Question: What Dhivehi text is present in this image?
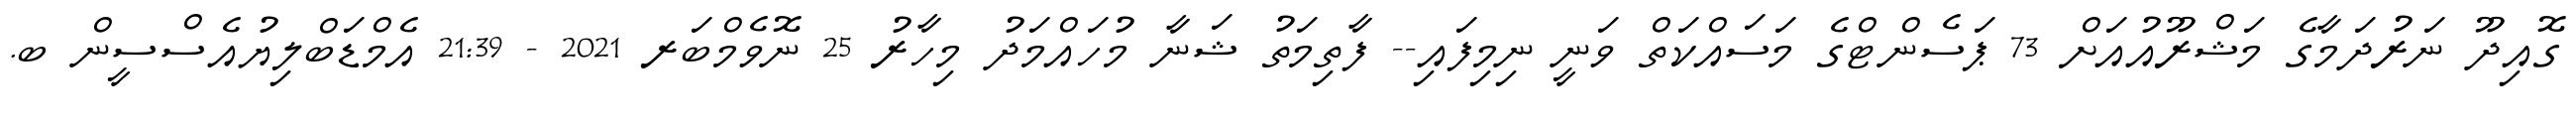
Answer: ގޮއިދޫ ނަރުދަމާގެ މަޝްރޫއުއަށް 73 ޕަސެންޓްގެ މަސައްކަތް ވަނީ ނިމިފައި-- ފާތިމަތު ޝަނާ މުހައްމަދު މިހާރު 25 ނޮވެމްބަރ 2021 - 21:39 އެމްޑަބްލިޔުއެސްސީން ބ.